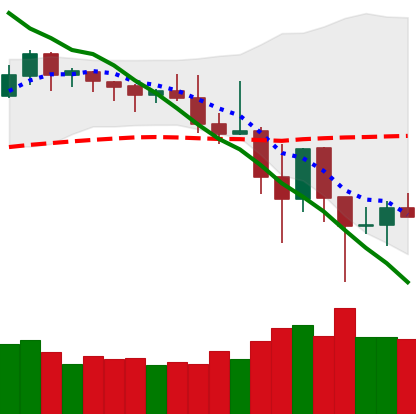
Ticker: DOGE-USD
Chart end date: 2019-11-28
Forward return: -4.15%
Label: down_3_5